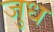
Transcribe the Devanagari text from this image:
जुध